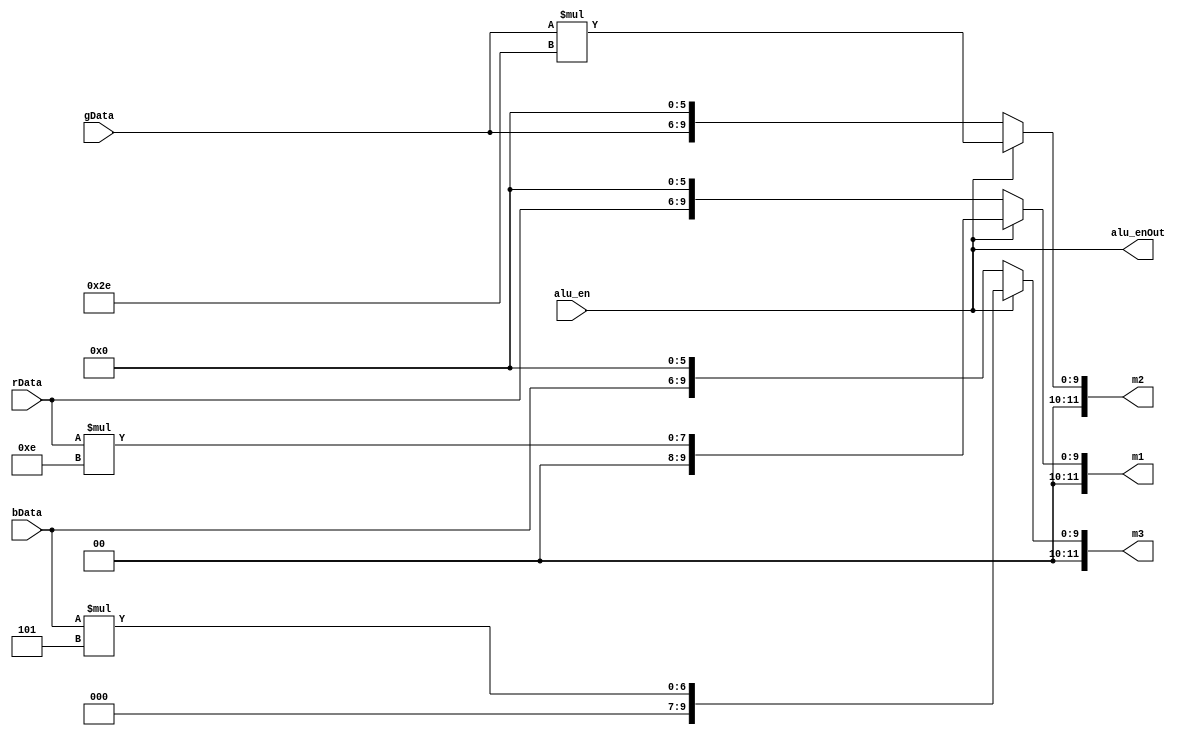
module multiplier(
			input [3:0] rData,
			input [3:0] gData,
			input [3:0] bData,
			input alu_en,
			output [11:0] m1,
			output [11:0] m2,
			output [11:0] m3,
			output alu_enOut
		);
		
		assign alu_enOut = ~(~(~(~alu_en)));
		
		reg [5:0] rWeight = 6'b001110;//=.21875
		reg [5:0] gWeight = 6'b101110;//=.71875
		reg [5:0] bWeight = 6'b000101;//=.078125
		reg [11:0] result1;
		reg [11:0] result2;
		reg [11:0] result3;
		
		always @(*)begin
			if(alu_en == 1'b1)begin//do multiplication
				result1[11:0] = {2'b00,rData}*rWeight;
				result2[11:0] = {2'b00,gData}*gWeight;
				result3[11:0] = {2'b00,bData}*bWeight;
			end
			else begin
				result1[11:0] = {2'b00,rData,6'b000_000};
				result2[11:0] = {2'b00,gData,6'b000_000};
				result3[11:0] = {2'b00,bData,6'b000_000};
			end
		
		end
		
		assign m1 = result1;
		assign m2 = result2;
		assign m3 = result3;
		
		
endmodule



module adder(
			input [11:0] m1,
			input [11:0] m2,
			input [11:0] m3,
			input alu_en,
			output [3:0] rData,
			output [3:0] gData,
			output [3:0] bData
		);
		
		reg [11:0] point5 = 12'b000000_100000;//=.5
		reg [11:0] a1;
		reg [11:0] a2;
		reg [11:0] a3;
		
		always @(*)begin
			if(alu_en ==1'b1)begin//Do addition
				a1[11:0] = m1 + m2 +m3 + point5;
				a2 = a1;
				a3 = a1;
			end
			else begin
				a1 = m1;
				a2 = m2;
				a3 = m3;
			end
		end
		
		assign rData = a1[9:6];
		assign gData = a2[9:6];
		assign bData = a3[9:6];
		
endmodule